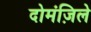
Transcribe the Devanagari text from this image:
दोमंज़िले